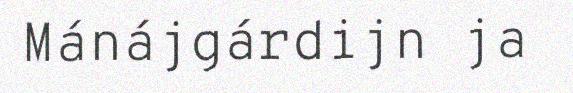
Mánájgárdijn ja